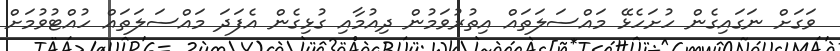
ވަގަށް ނަގައިގެން ހުށަހެޅޭ މައްސަލަތައް އިތުރުވަމުން ދިއުމާއި ގުޅިގެން އެފަދަ މައްސަލަތައް ހުއްޓުވުމަށް